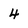
Character: 4